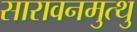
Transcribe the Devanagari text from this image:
सारावनमुत्थु